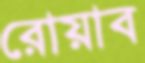
রোয়াব